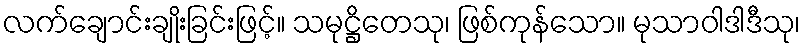
လက်ချောင်းချိုးခြင်းဖြင့်။ သမုဋ္ဌိတေသု၊ ဖြစ်ကုန်သော။ မုသာဝါဒါဒီသု၊